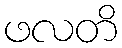
ဖလတိ